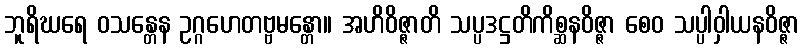
ဘူရိဃရေ ဝသန္တေန ဥဂ္ဂဟေတဗ္ဗမန္တော။ အဟိဝိဇ္ဇာတိ သပ္ပဒဋ္ဌတိကိစ္ဆနဝိဇ္ဇာ စေဝ သပ္ပါဝှါယနဝိဇ္ဇာ